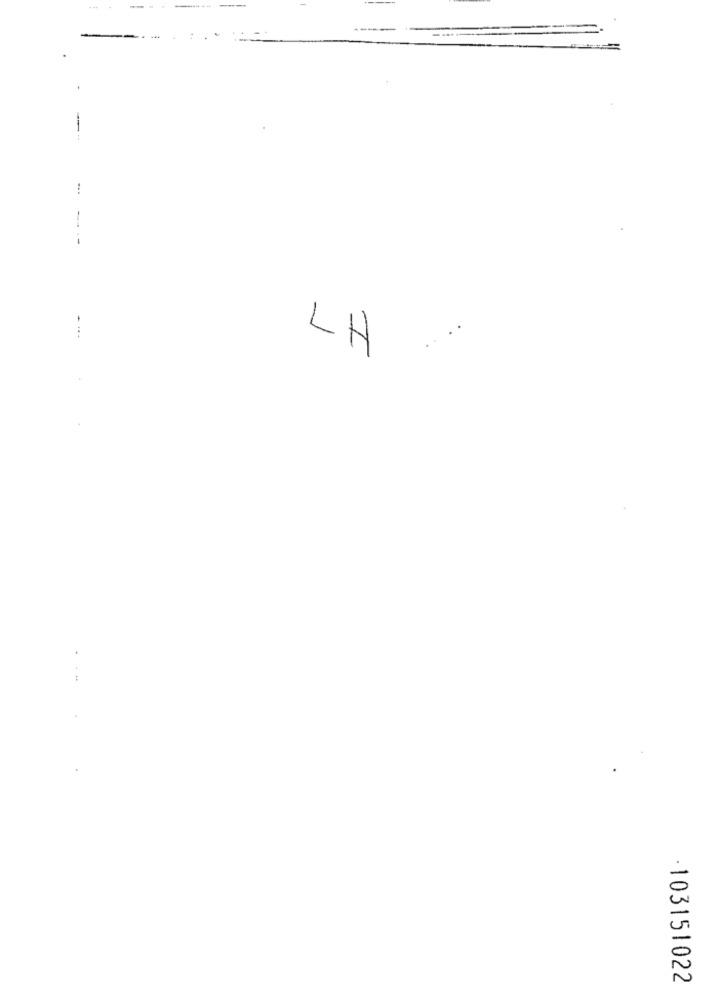
--
....
LH
103151022